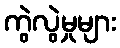
ကွဲလွဲမှုများ